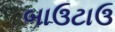
બાઉટાઉ